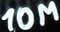
Text: 10M